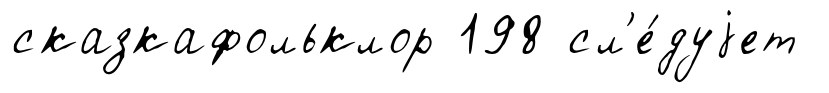
сказкафольклор 198 сл'е́дуjет